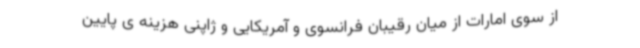
از سوی امارات از میان رقیبان فرانسوی و آمریکایی و ژاپنی هزینه ی پایین